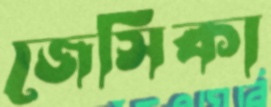
জেসিকা